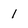
Character: 1